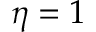
\eta = 1